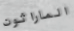
الماراثون